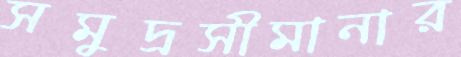
সমুদ্রসীমানার